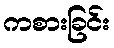
ကစားခြင်း